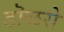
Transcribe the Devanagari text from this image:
डॊळसे